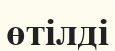
өтілді